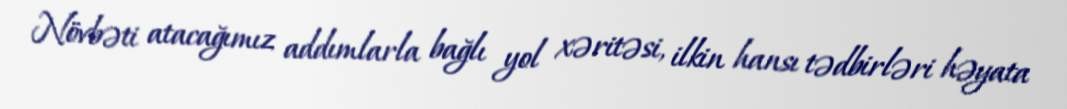
Növbəti atacağımız addımlarla bağlı yol xəritəsi, ilkin hansı tədbirləri həyata